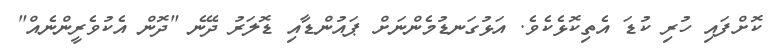
ކޮށްފައި ހުރި ކުޑަ އެތިކޮޅެކެވެ. އަޅުގަނޑުމެންނަށް ޕައުންޑާއި ޑޮލަރު ދޭނެ "ދޮން އެކުވެރީންނެއް"